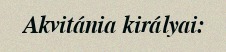
Akvitánia királyai: